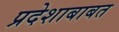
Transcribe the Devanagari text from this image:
प्रदेशाबाबत